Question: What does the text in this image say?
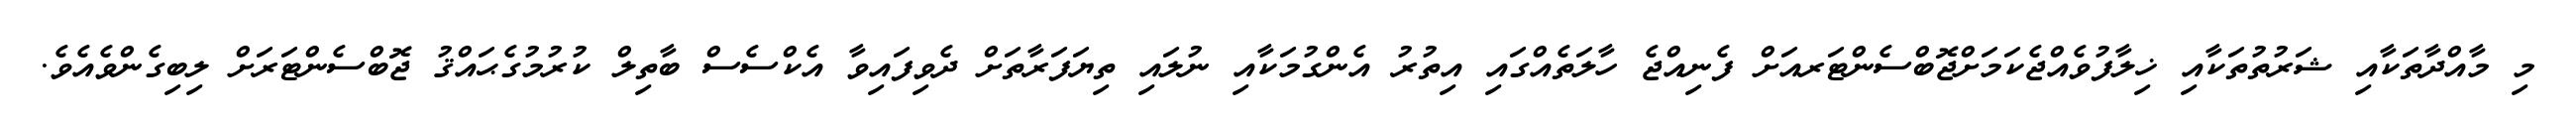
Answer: މި މާއްދާތަކާއި ޝަރުތުތަކާއި ޚިލާފުވެއްޖެކަމަށްޖޮބްސެންޓަރއަށް ފެނިއްޖެ ހާލަތެއްގައި އިތުރު އެންގުމަކާއި ނުލައި ތިޔަފަރާތަށް ދެވިފައިވާ އެކްސެސް ބާތިލް ކުރުމުގެޙައްޤު ޖޮބްސެންޓަރަށް ލިބިގެންވެއެވެ.